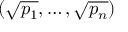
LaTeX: ( { \sqrt { p _ { 1 } } } , \ldots , { \sqrt { p _ { n } } } )